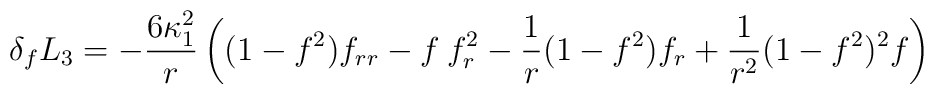
\delta_f L_3 =-\frac{6\kappa_1^2}{r} \left( (1-f^2)f_{rr} -f\: f_r^2 -\frac{1}{r} (1-f^2)f_r +\frac{1}{r^2} (1-f^2)^2 f \right)